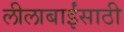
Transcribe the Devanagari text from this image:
लीलाबाईंसाठी